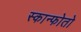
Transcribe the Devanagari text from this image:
स्कान्फोतो